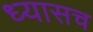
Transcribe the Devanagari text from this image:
ध्यासच